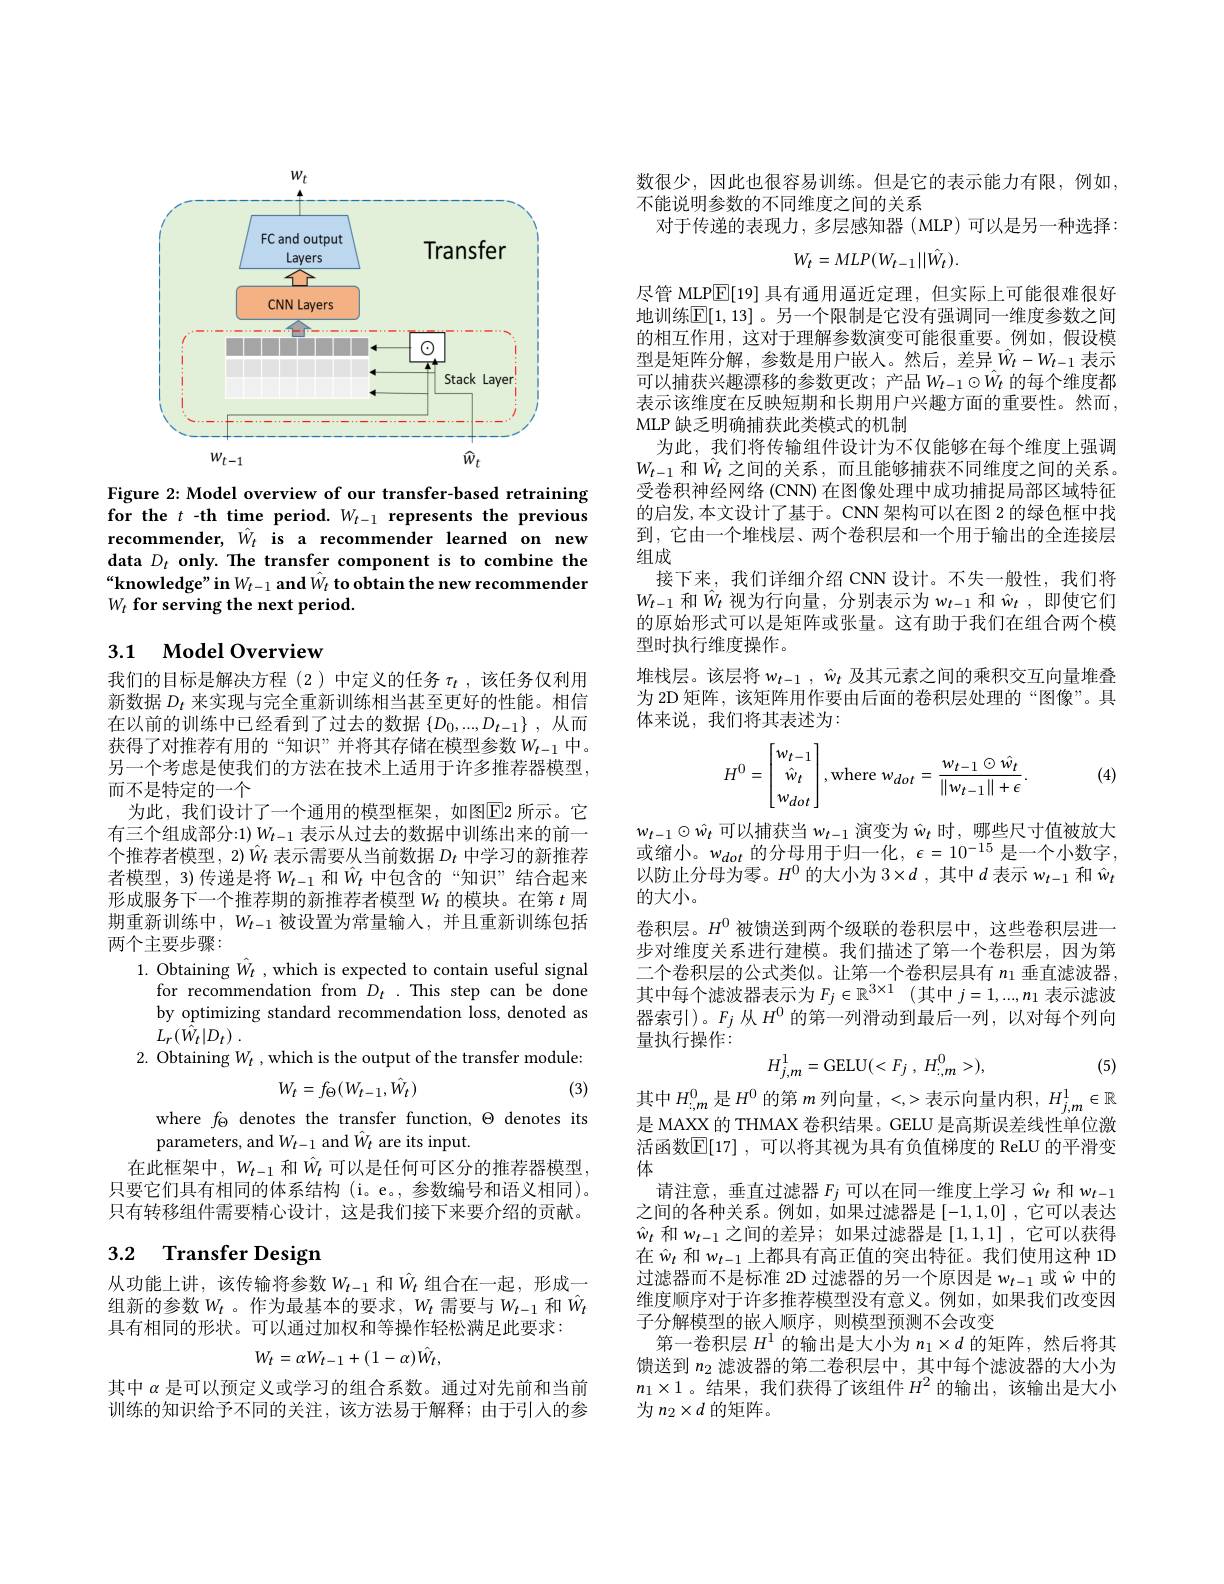
<FigureHere>

Figure 2: Model overview of our transfer-based retraining for the $t$-th time period.$W_t-1$ represents the previous recommender, $\hat{W}_t$ is a recommender learned on new data $D_t\textbf{ only. The transfer component is to combine the}$ $“$knowledge" in $W_{t- 1}\textbf{and}W_{t}\textbf{ to obtain the new recommender}$ $W_t\textbf{ for serving the next period}.$

# 3.1 Model Overview

我们的目标是解决方程(2)中定义的任务$\tau_t$ ,该任务仅利用新数据$D_t$来实现与完全重新训练相当甚至更好的性能。相信在以前的训练中已经看到了过去的数据 $\{D_0,...,D_{t-1}\}~,~$从而获得了对推荐有用的“知识”并将其存储在模型参数$W_{t-1}$中。另一个考虑是使我们的方法在技术上适用于许多推荐器模型而不是特定的一个
为此，我们设计了一个通用的模型框架，如图$\boxed{\mathrm{E}}$2 所示。它有三个组成部分：1) $W_{t-1}$表示从过去的数据中训练出来的前一个推荐者模型，2) $\hat{W}_t$表示需要从当前数据$D_t$中学习的新推荐者模型，3)传递是将$W_{t-1}$和$\hat{W}_t$中包含的“知识”结合起来形成服务下一个推荐期的新推荐者模型$W_t$的模块。在第$t$周期重新训练中，$W_t-1$被设置为常量输入，并且重新训练包括两个主要步骤：
1. Obtaining $\hat{W}_t$ ,which is expected to contain useful signal
for recommendation from $D_t.$ This step can be done by optimizing standard recommendation loss, denoted as $L_{r}( \hat{W} _{t}| D_{t})$ .
2. Obtaining $W_t$ , which is the output of the transfer module:
$$W_{t}=f_{\Theta}(W_{t-1},\hat{W_{t}})$$
(3)

where $f_\Theta$ denotes the transfer function, $\Theta$ denotes its
parameters, and $W_{t-1}$ and $\hat{W}_{t}$ are its input.
在此框架中，$W_{t-1}$ 和$\hat{W}_t$ 可以是任何可区分的推荐器模型， 只要它们具有相同的体系结构(i。e。,参数编号和语义相同)。只有转移组件需要精心设计，这是我们接下来要介绍的贡献。

# 3.2 Transfer Design

从功能上讲，该传输将参数$W_{t-1}$和$\hat{W}_t$组合在一起，形成一组新的参数$W_t$ 。作为最基本的要求，$W_t$需要与$W_{t-1}$和$\hat{W}_t$ 具有相同的形状。可以通过加权和等操作轻松满足此要求：
$$W_{t}=\alpha W_{t-1}+(1-\alpha)\hat{W_{t}},$$
其中$\alpha$是可以预定义或学习的组合系数。通过对先前和当前训练的知识给予不同的关注，该方法易于解释；由于引人的参

数很少，因此也很容易训练。但是它的表示能力有限，例如，

不能说明参数的不同维度之间的关系

对于传递的表现力，多层感知器 (MLP) 可以是另一种选择：
$$W_t=MLP(W_{t-1}||\hat{W_t}).$$
尽管 MLP$\overline{\mathbb{E}}[19]$具有通用逼近定理，但实际上可能很难很好地训练$\overline{\mathbb{E}}[1,13]$。另一个限制是它没有强调同一维度参数之间的相互作用，这对于理解参数演变可能很重要。例如，假设模型是矩阵分解，参数是用户嵌人。然后，差异$\hat{W}_t-W_{t-1}$ 表示可以捕获兴趣漂移的参数更改；产品$W_{t-1}\odot\hat{W_t}$ 的每个维度都表示该维度在反映短期和长期用户兴趣方面的重要性。然而， MLP 缺乏明确捕获此类模式的机制
为此，我们将传输组件设计为不仅能够在每个维度上强调$W_{t-1}$ 和$\hat{W}_t$ 之间的关系，而且能够捕获不同维度之间的关系。受卷积神经网络 (CNN) 在图像处理中成功捕捉局部区域特征的启发，本文设计了基于。CNN 架构可以在图 2 的绿色框中找到，它由一个堆栈层、两个卷积层和一个用于输出的全连接层组成
接下来，我们详细介绍 CNN 设计。不失一般性，我们将$W_{t-1}$和$\hat{W}_t$视为行向量，分别表示为$w_t-1$和$\hat{w}_t$,即使它们的原始形式可以是矩阵或张量。这有助于我们在组合两个模型时执行维度操作。
堆栈层。该层将$w_{t- 1}$ , $\hat{w} _t$及其元素之间的乘积交互向量堆叠为 2D 矩阵，该矩阵用作要由后面的卷积层处理的“图像”。具体来说，我们将其表述为200年10月19日
$$H^0=\begin{bmatrix}w_{t-1}\\\hat{w}_t\\w_{dot}\end{bmatrix},\text{where}w_{dot}=\frac{w_{t-1}\odot\hat{w}_t}{\|w_{t-1}\|+\epsilon}.$$
(4)

$w_{t-1}\odot\hat{w_t}$可以捕获当$w_t-1$演变为$\hat{w}_t$时，哪些尺寸值被放大或缩小。$w_dot$的分母用于归一化$,\epsilon=10^-15$是一个小数字， 以防止分母为零。$H^0$的大小为 3$\times d$ ,其中$d$表示$w_t-1$和$\hat{w}_t$ 的大小。
卷积层。$H^{0}$被馈送到两个级联的卷积层中，这些卷积层进一步对维度关系进行建模。我们描述了第一个卷积层，因为第二个卷积层的公式类似。让第一个卷积层具有$n_1$垂直滤波器， 其中每个滤波器表示为$F_j\in \mathbb{R} ^{3\times 1}$ (其中$j=1,...,n_1$表示滤波器索引)。$F_j$从$H^0$的第一列滑动到最后一列，以对每个列向量执行操作：
$$H_{j,m}^1=\mathrm{GELU}(<F_{j}\:,\:H_{:,m}^0>),$$
, (5)

其中$H_{:,m}^0$是$H^0$的第$m$列向量，<,>表示向量内积$,H_j,m^1\in\mathbb{R}$ 是 MAXX 的 THMAX 卷积结果。GELU 是高斯误差线性单位激活函数$\mathbb{E}[17]$ ,可以将其视为具有负值梯度的 ReLU 的平滑变体
请注意，垂直过滤器$F_j$可以在同一维度上学习$\hat{w}_t$和$w_{t-1}$ 之间的各种关系。例如，如果过滤器是[-1,1,0] ,它可以表达$\hat{w}_t$和$w_t-1$之间的差异；如果过滤器是[1,1,1],它可以获得在$\hat{w}_t$和$w_{t-1}$上都具有高正值的突出特征。我们使用这种 1D 过滤器而不是标准 2D 过滤器的另一个原因是$w_t-1$或$\hat{w}$中的维度顺序对于许多推荐模型没有意义。例如，如果我们改变因子分解模型的嵌人顺序，则模型预测不会改变
第一卷积层$H^1$的输出是大小为$n_1\times d$的矩阵，然后将其馈送到$n_{2}$滤波器的第二卷积层中，其中每个滤波器的大小为$n_1\times1$。结果，我们获得了该组件$H^2$的输出，该输出是大小为$n_2\times d$的矩阵。